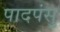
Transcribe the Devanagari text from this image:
पादपंसु